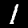
Label: 1